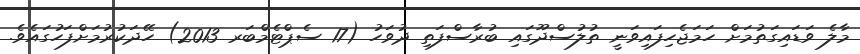
މާލެ ވަޑައިގަތުމަށް ހަމަޖެހިފައިވަނީ ތުލުސްދޫގައި ބުރާސްފަތި ދުވަހު (17 ސެޕްޓެމްބަރ 2013) ހޭދަކުރުމަށްފަހުގައެވެ.